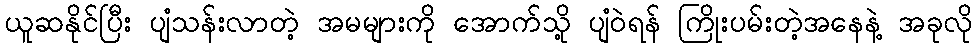
ယူဆနိုင်ပြီး ပျံသန်းလာတဲ့ အမများကို အောက်သို့ ပျံဝဲရန် ကြိုးပမ်းတဲ့အနေနဲ့ အခုလို